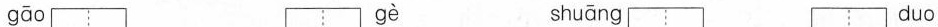
gāo gè shuāng duo